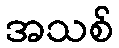
အသစ်